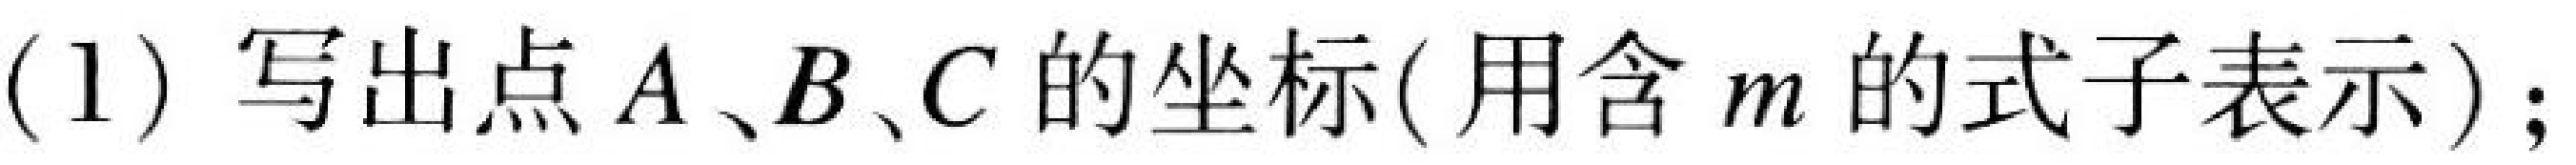
(1) 写出点\(A\)、\(B\)、\(C\)的坐标( 用含\(m\)的式子表示)；